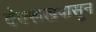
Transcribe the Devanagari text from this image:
देवरूखपासून